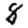
Digit: 8